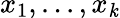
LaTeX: x_{1},...,x_{\mathit{k}}